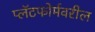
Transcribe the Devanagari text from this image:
प्लॅटफोर्मवरील